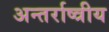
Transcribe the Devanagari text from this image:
अन्तर्राष्त्रीय